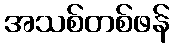
အသစ်တစ်ဖန်